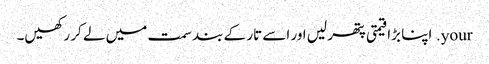
your. اپنا بڑا قیمتی پتھر لیں اور اسے تار کے بند سمت میں لے کر رکھیں۔